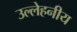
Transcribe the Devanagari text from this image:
उल्लेहनीय